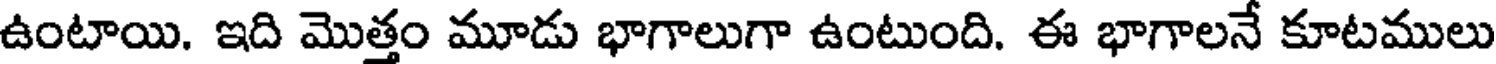
ఉంటాయి. ఇది మొత్తం మూడు భాగాలుగా ఉంటుంది. ఈ భాగాలనే కూటములు